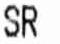
SR